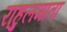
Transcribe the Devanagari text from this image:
राहुलमाता